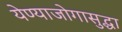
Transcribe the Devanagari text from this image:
येण्याजोगासुद्धा